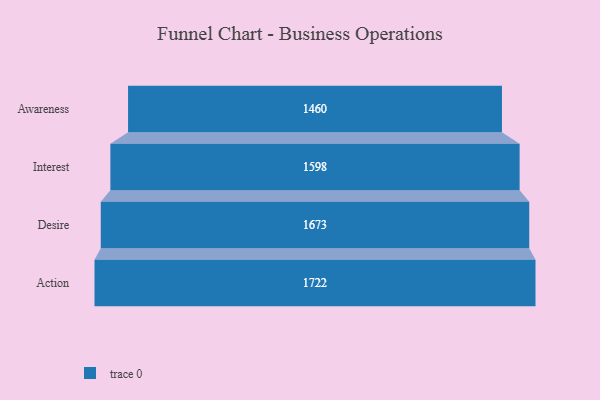
{"axis": {"x": "Stage", "y": "Value"}, "legend": [""], "data": [{"x": "Awareness", "y": 1460.0, "type": ""}, {"x": "Interest", "y": 1598.0, "type": ""}, {"x": "Desire", "y": 1673.0, "type": ""}, {"x": "Action", "y": 1722.0, "type": ""}]}